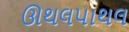
ઊથલપાથલ